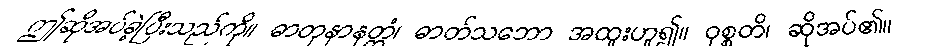
ဤဆိုအပ်ခဲ့ပြီးသည်ကို။ ဓာတုနာနတ္တံ၊ ဓာတ်သဘော အထူးဟူ၍။ ဝုစ္စတိ၊ ဆိုအပ်၏။